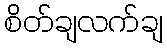
စိတ်ချလက်ချ